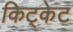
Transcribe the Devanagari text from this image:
किट्केट